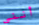
أنني